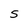
Character: w